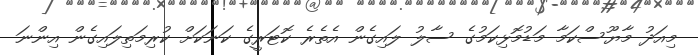
މިއަދު މާޔޫސްކަމާ މަޑުމޮޅިކަމުގެ ސާލު ލައިގެން އެތެރެ ކޮޓަރީގެ ކަނަކަށް ކުރިމަތިލައިގެން އިންނަ